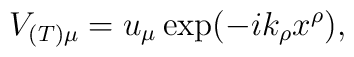
V_{(T)\mu} = u_{\mu}\exp(-ik_{\rho}x^{\rho}),